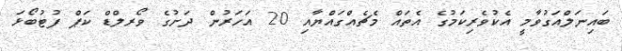
ބައިނަލްއަގުވާމީ އެކުވެރިކަމުގެ އެތައް މެޗެއްގައްޔާއި 20 އަހަރުން ދަށުގެ ވޯރލްޑް ކަޕް ފުޓުބޯޅަ